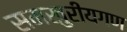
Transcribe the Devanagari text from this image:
समखुरीयगण